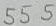
Text: 555